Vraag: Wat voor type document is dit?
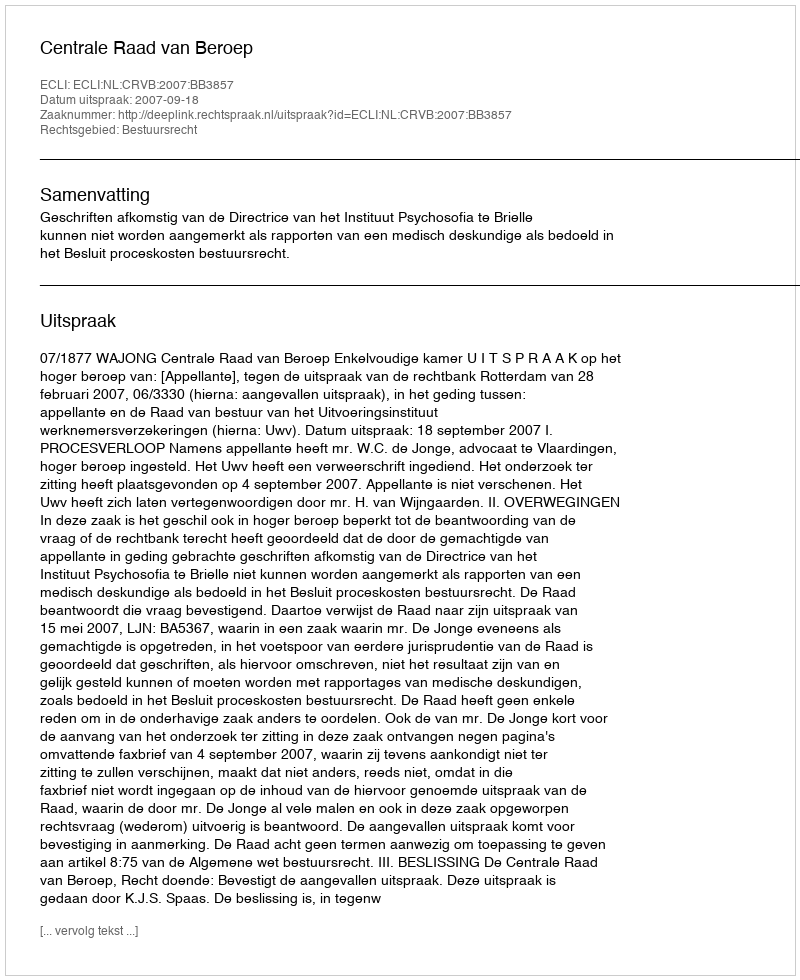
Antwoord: Uitspraak